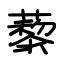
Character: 藜